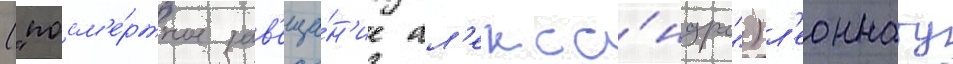
("посм'е́ртное зав'еща́н'ие ал'екса́ндра") л'еоннату